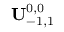
{ \bf U } _ { - 1 , 1 } ^ { 0 , 0 }